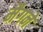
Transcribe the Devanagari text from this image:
मैगने